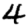
Digit: 4